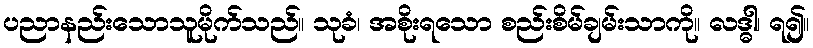
ပညာနည်းသောသူမိုက်သည်။ သုခံ၊ အစိုးရသော စည်းစိမ်ချမ်းသာကို။ လဒ္ဓါ၊ ရ၍။